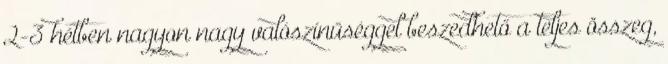
2-3 hétben nagyon nagy valószínűséggel beszedhető a teljes összeg,